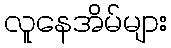
လူနေအိမ်များ